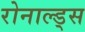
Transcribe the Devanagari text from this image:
रोनाल्ड्स